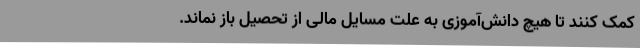
کمک کنند تا هیچ‌ دانش‌آموزی به علت مسایل مالی از تحصیل باز نماند.